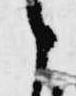
候